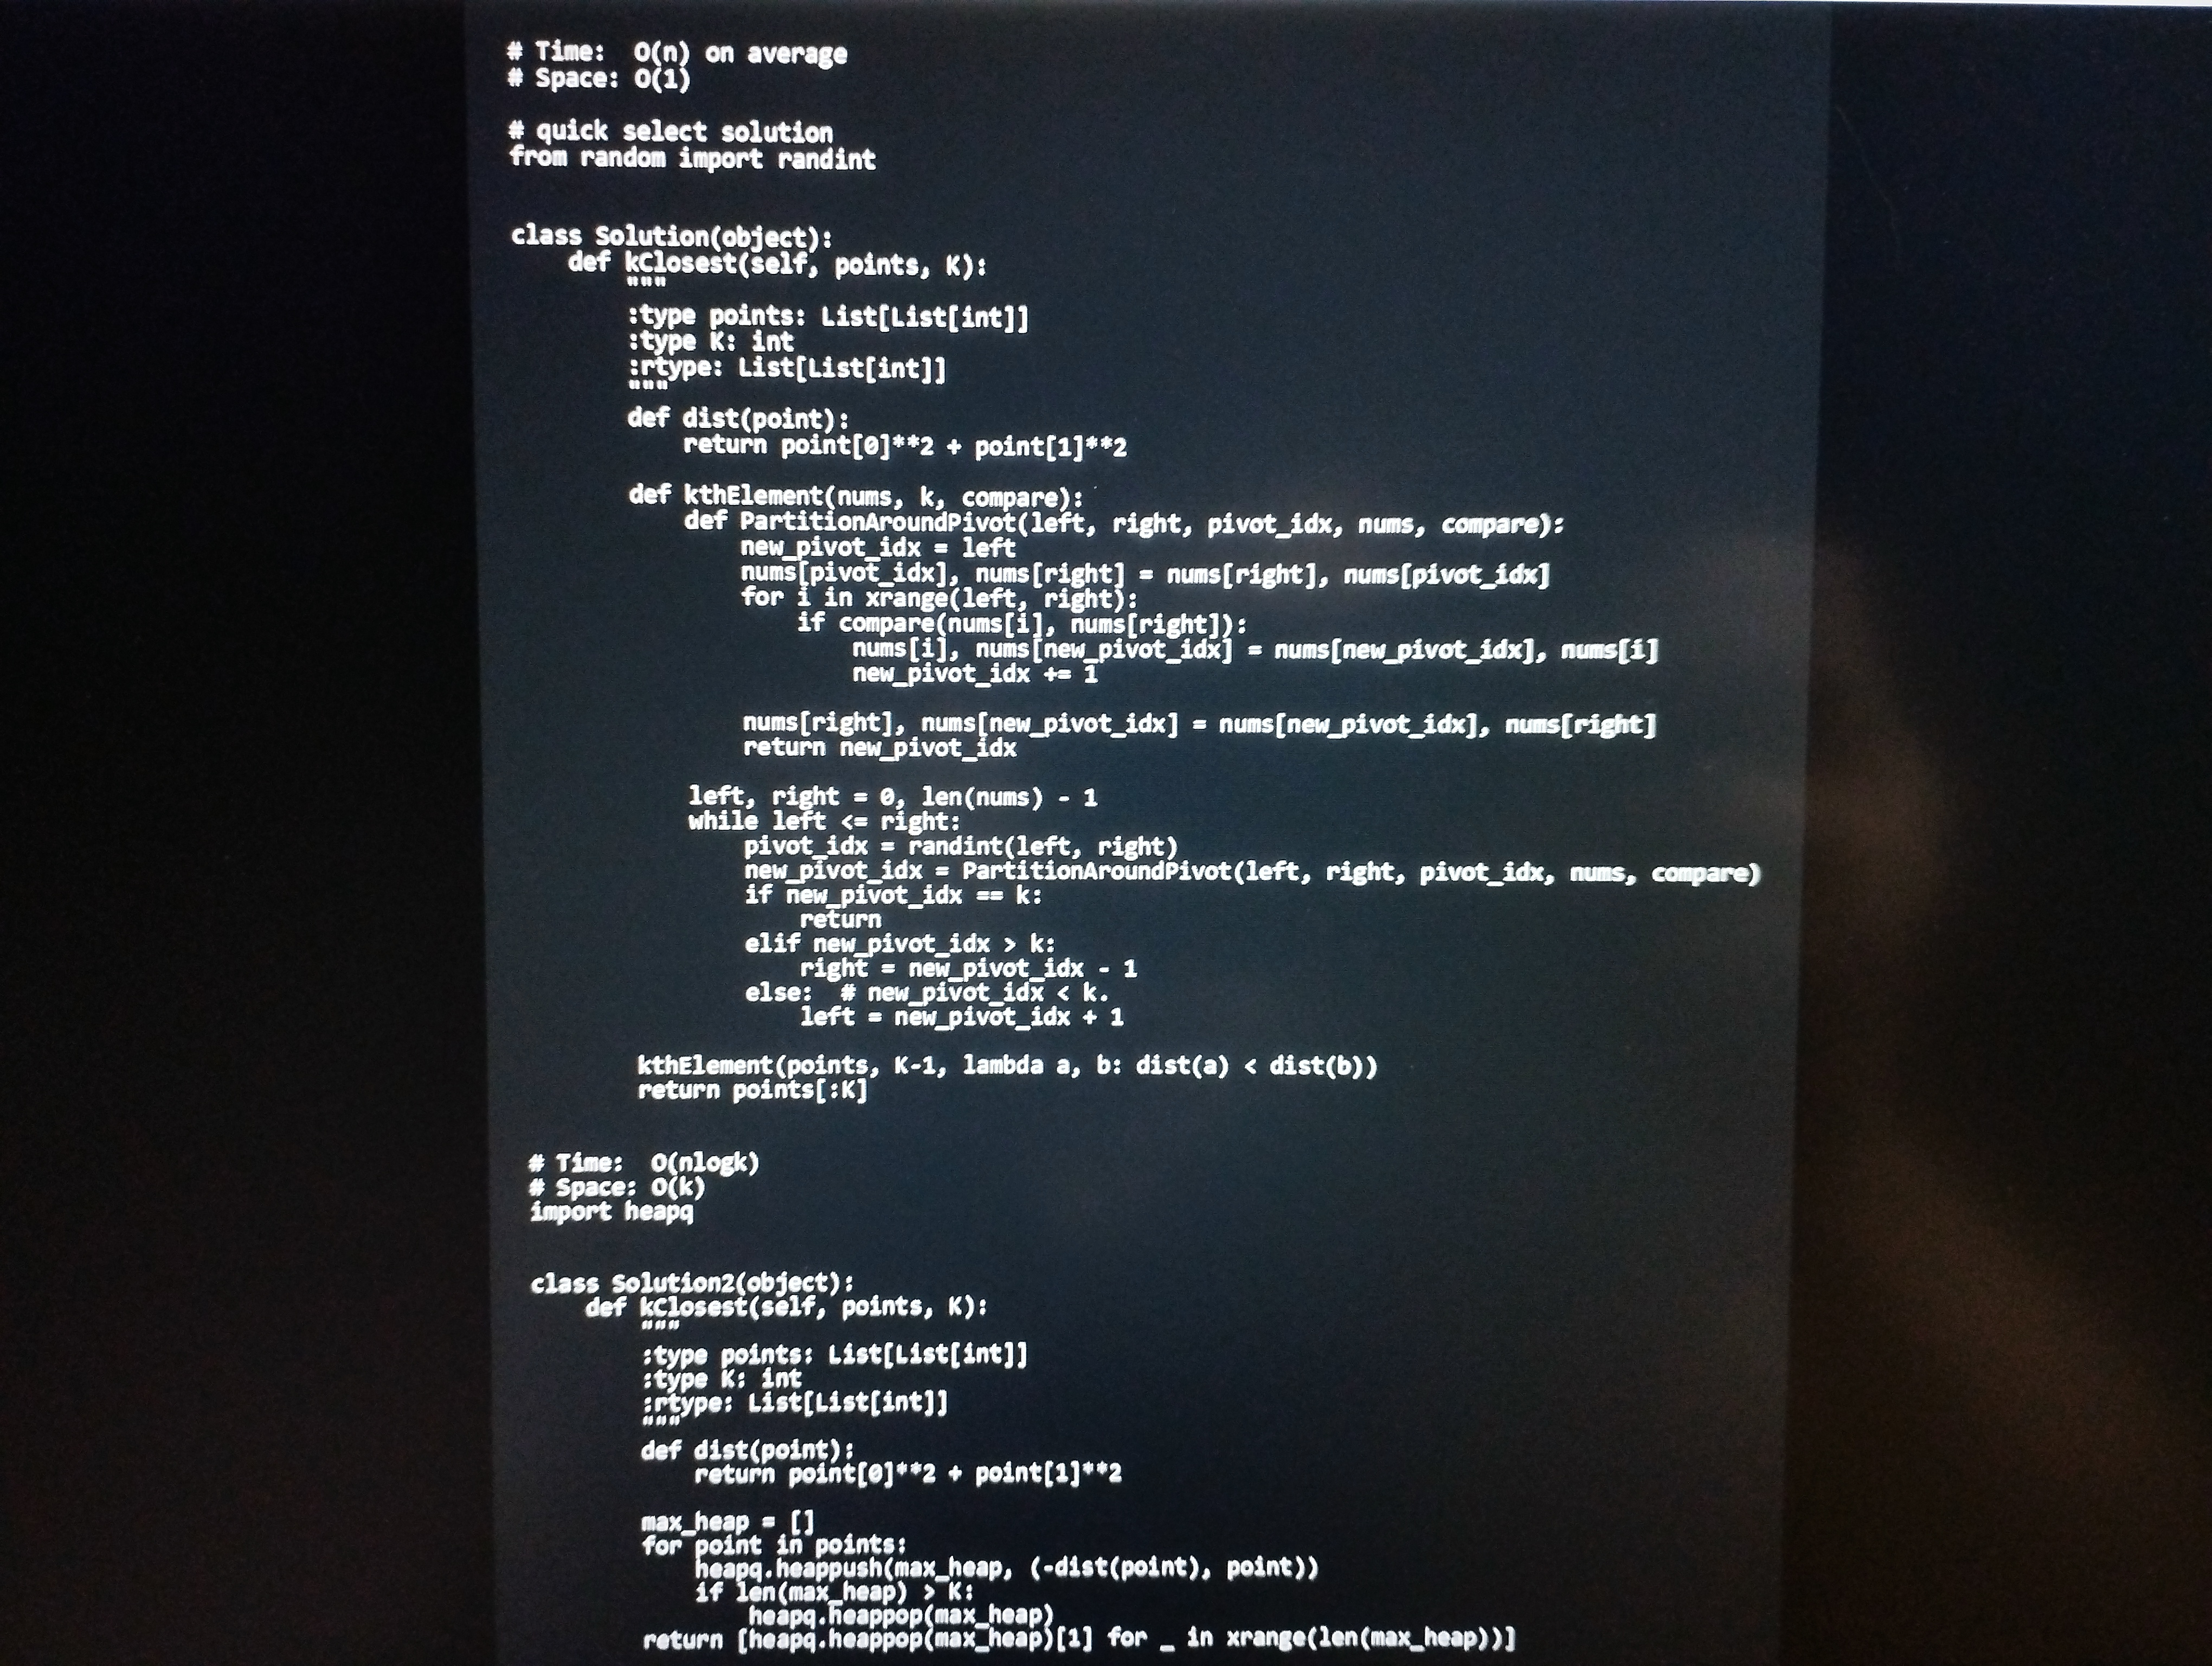
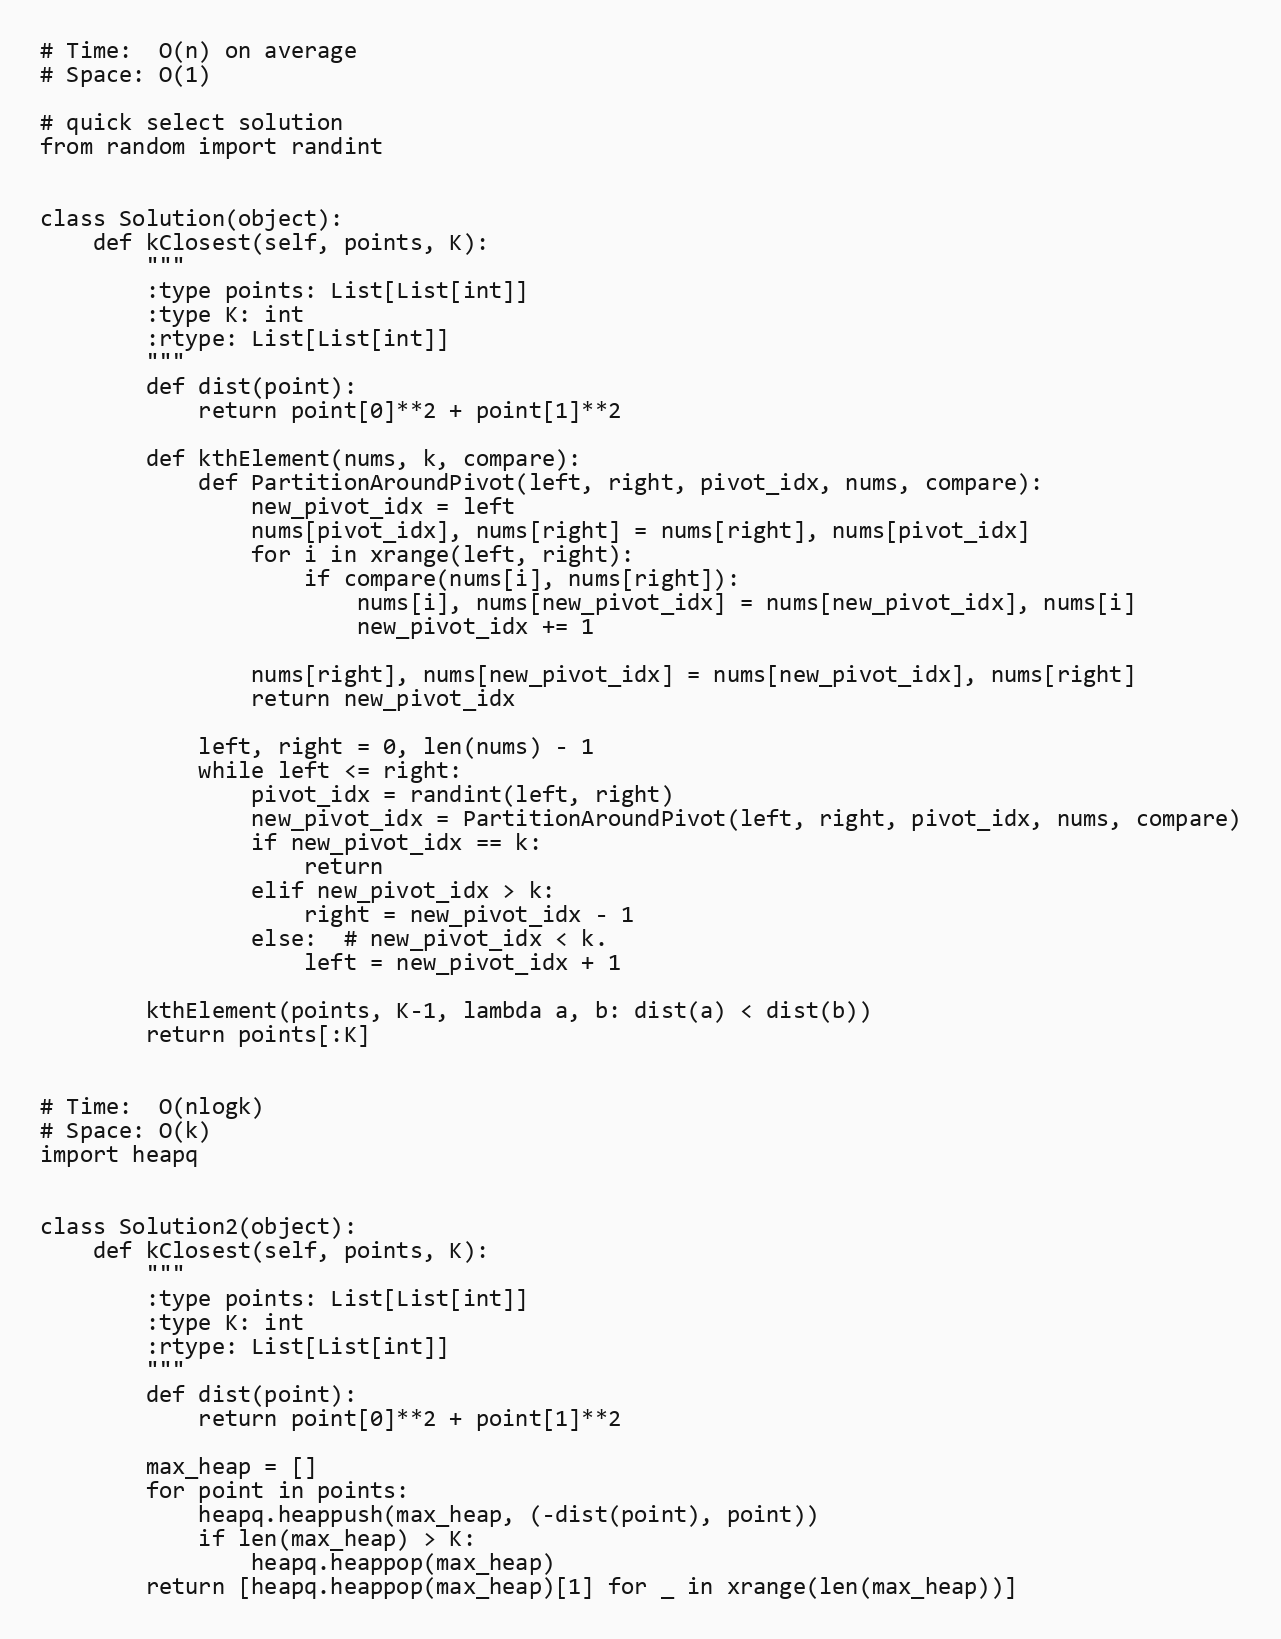
# Time:  O(n) on average
# Space: O(1)

# quick select solution
from random import randint

class Solution(object):
    def kClosest(self, points, K):
        """
        :type points: List[List[int]]
        :type K: int
        :rtype: List[List[int]]
        """
        def dist(point):
            return point[0]**2 + point[1]**2

        def kthElement(nums, k, compare):
            def PartitionAroundPivot(left, right, pivot_idx, nums, compare):
                new_pivot_idx = left
                nums[pivot_idx], nums[right] = nums[right], nums[pivot_idx]
                for i in xrange(left, right):
                    if compare(nums[i], nums[right]):
                        nums[i], nums[new_pivot_idx] = nums[new_pivot_idx], nums[i]
                        new_pivot_idx += 1

                nums[right], nums[new_pivot_idx] = nums[new_pivot_idx], nums[right]
                return new_pivot_idx

            left, right = 0, len(nums) - 1
            while left <= right:
                pivot_idx = randint(left, right)
                new_pivot_idx = PartitionAroundPivot(left, right, pivot_idx, nums, compare)
                if new_pivot_idx == k:
                    return
                elif new_pivot_idx > k:
                    right = new_pivot_idx - 1
                else:  # new_pivot_idx < k.
                    left = new_pivot_idx + 1

        kthElement(points, K-1, lambda a, b: dist(a) < dist(b))
        return points[:K]

# Time:  O(nlogk)
# Space: O(k)
import heapq

class Solution2(object):
    def kClosest(self, points, K):
        """
        :type points: List[List[int]]
        :type K: int
        :rtype: List[List[int]]
        """
        def dist(point):
            return point[0]**2 + point[1]**2

        max_heap = []
        for point in points:
            heapq.heappush(max_heap, (-dist(point), point))
            if len(max_heap) > K:
                heapq.heappop(max_heap)
        return [heapq.heappop(max_heap)[1] for _ in xrange(len(max_heap))]